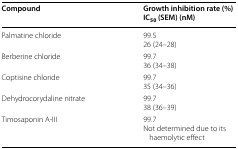
| Compound | Growth inhibition rate (%)IC50 (SEM) (nM) |
 | --- | --- |
 | Palmatine chloride | 99.526 (24–28) |
 | Berberine chloride | 99.736 (34–38) |
 | Coptisine chloride | 99.735 (34–36) |
 | Dehydrocorydaline nitrate | 99.738 (36–39) |
 | Timosaponin A-III | 99.7Not determined due to its haemolytic effect |